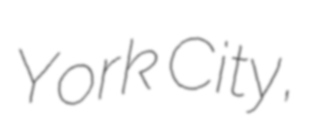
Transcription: York City,